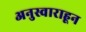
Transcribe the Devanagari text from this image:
अनुस्वाराहून